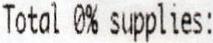
TOTAL 0% SUPPLIES: